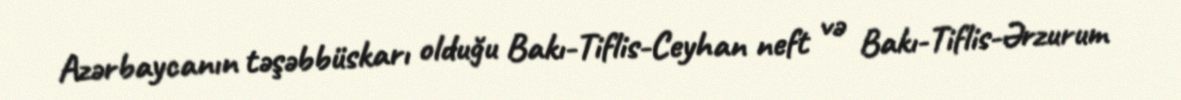
Azərbaycanın təşəbbüskarı olduğu Bakı-Tiflis-Ceyhan neft və Bakı-Tiflis-Ərzurum